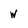
Character: w